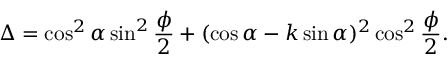
\Delta = \cos ^ { 2 } \alpha \sin ^ { 2 } \frac \phi 2 + ( \cos \alpha - k \sin \alpha ) ^ { 2 } \cos ^ { 2 } \frac \phi 2 .